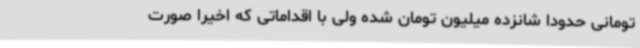
تومانی حدودا شانزده میلیون تومان شده ولی با اقداماتی که اخیرا صورت